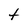
Character: t